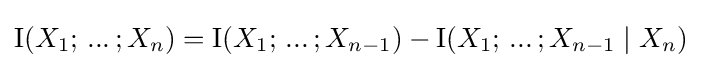
\operatorname {I} (X_{1};\,...\,;X_{n})=\operatorname {I} (X_{1};\,...\,;X_{n-1})-\operatorname {I} (X_{1};\,...\,;X_{n-1}\mid X_{n})